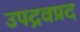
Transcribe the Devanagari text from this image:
उपद्रवप्रद